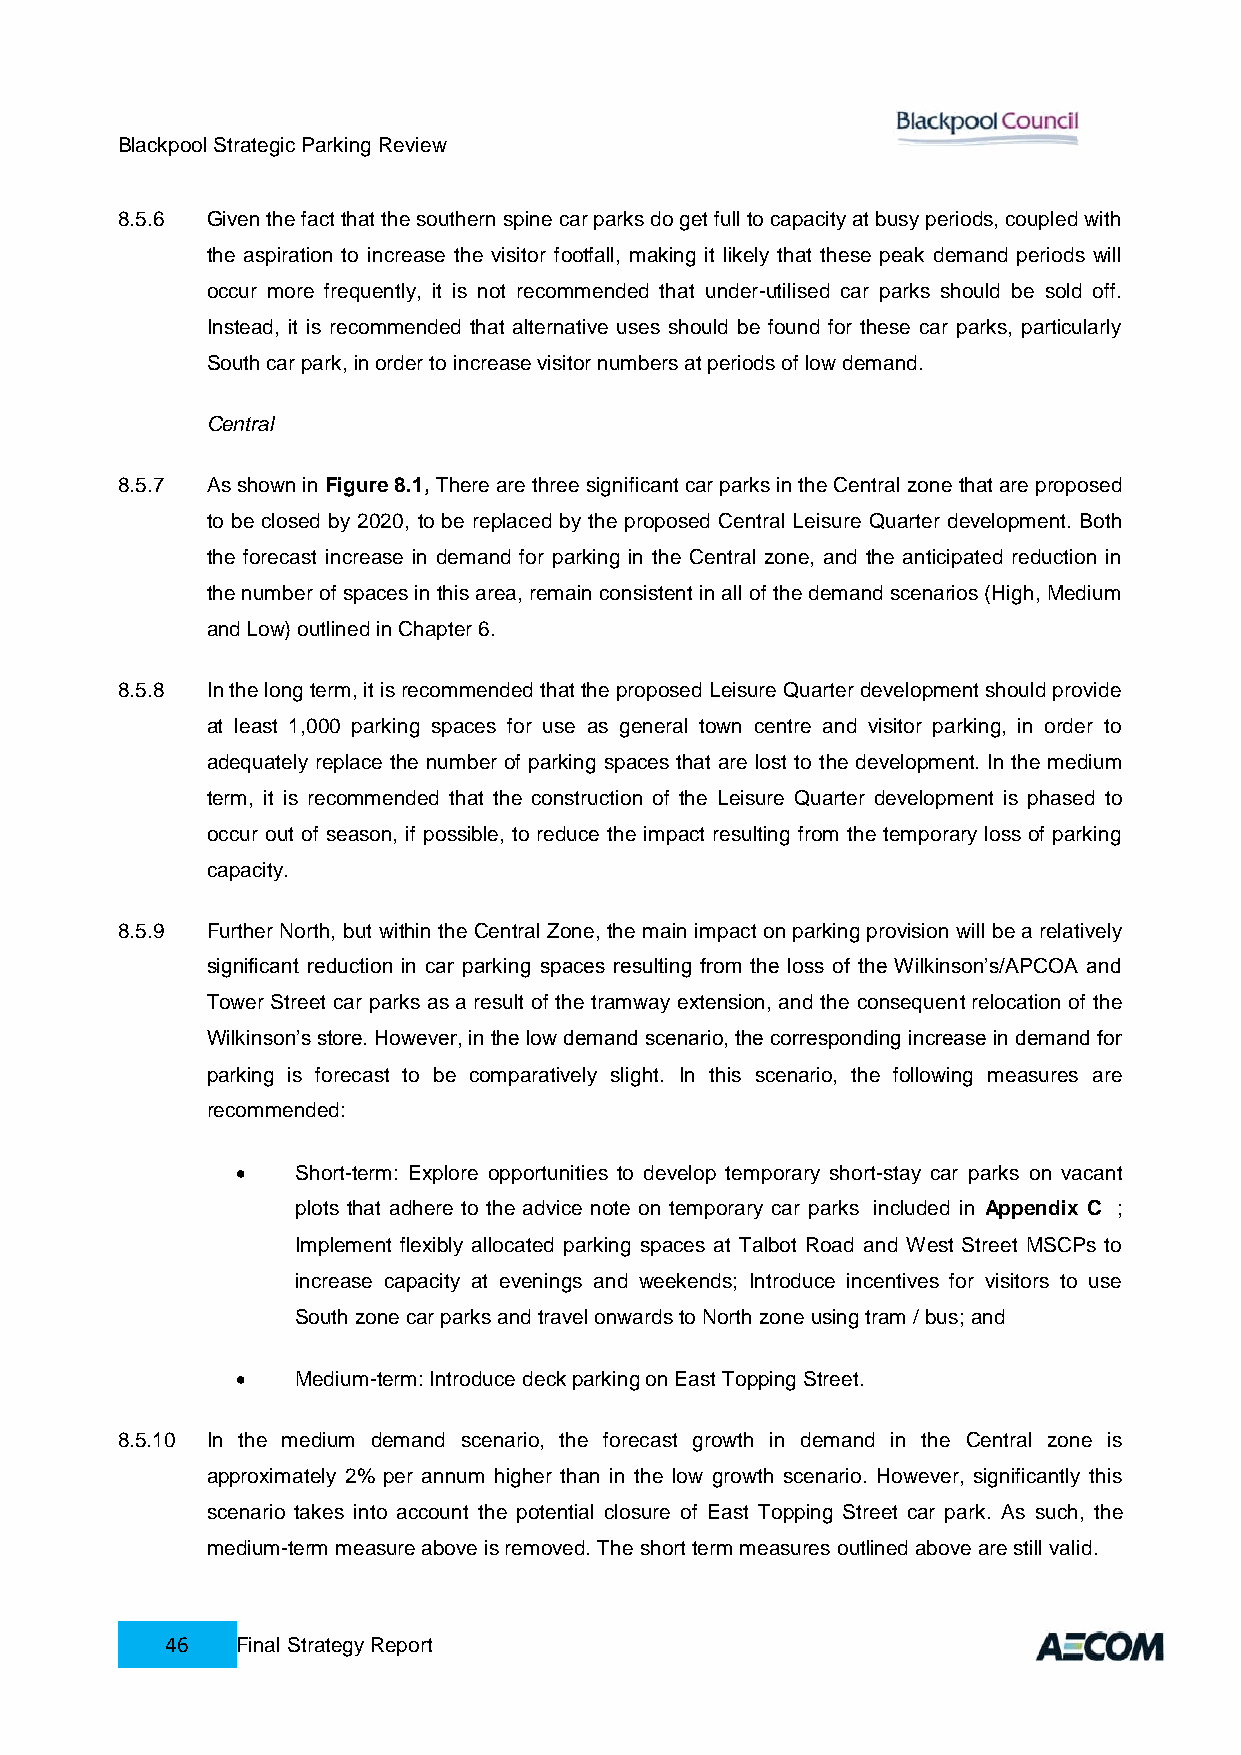
Blackpool Strategic Parking Review
 8.5.6 Given the fact that the southern spine car parks do get full to capacity at busy periods, coupled with
 the aspiration to increase the visitor footfall, making it likely that these peak demand periods will
 occur more frequently, it is not recommended that under-utilised car parks should be sold off.
 Instead, it is recommended that alternative uses should be found for these car parks, particularly
 South car park, in order to increase visitor numbers at periods of low demand.
 Central
 8.5.7 As shown in Figure 8.1, There are three significant car parks in the Central zone that are proposed
 to be closed by 2020, to be replaced by the proposed Central Leisure Quarter development. Both
 the forecast increase in demand for parking in the Central zone, and the anticipated reduction in
 the number of spaces in this area, remain consistent in all of the demand scenarios (High, Medium
 and Low) outlined in Chapter 6.
 8.5.8 In the long term, it is recommended that the proposed Leisure Quarter development should provide
 at least 1,000 parking spaces for use as general town centre and visitor parking, in order to
 adequately replace the number of parking spaces that are lost to the development. In the medium
 term, it is recommended that the construction of the Leisure Quarter development is phased to
 occur out of season, if possible, to reduce the impact resulting from the temporary loss of parking
 capacity.
 8.5.9 Further North, but within the Central Zone, the main impact on parking provision will be a relatively
 significant reduction in car parking spaces resulting from the loss of the Wilkinson’s/APCOA and
 Tower Street car parks as a result of the tramway extension, and the consequent relocation of the
 Wilkinson’s store. However, in the low demand scenario, the corresponding increase in demand for
 parking is forecast to be comparatively slight. In this scenario, the following measures are
 recommended:
    Short-term: Explore opportunities to develop temporary short-stay car parks on vacant
 plots that adhere to the advice note on temporary car parks included in Appendix C ;
 Implement flexibly allocated parking spaces at Talbot Road and West Street MSCPs to
 increase capacity at evenings and weekends; Introduce incentives for visitors to use
 South zone car parks and travel onwards to North zone using tram / bus; and
    Medium-term: Introduce deck parking on East Topping Street.
 8.5.10 In the medium demand scenario, the forecast growth in demand in the Central zone is
 approximately 2% per annum higher than in the low growth scenario. However, significantly this
 scenario takes into account the potential closure of East Topping Street car park. As such, the
 medium-term measure above is removed. The short term measures outlined above are still valid.
 46   Final Strategy Report